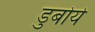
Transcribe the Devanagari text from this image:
डुबोये